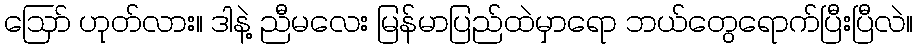
ဪ ဟုတ်လား။ ဒါနဲ့ ညီမလေး မြန်မာပြည်ထဲမှာရော ဘယ်တွေရောက်ပြီးပြီလဲ။